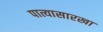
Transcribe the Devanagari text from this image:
पात्यासारखा